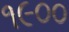
૧૯૦૦